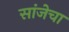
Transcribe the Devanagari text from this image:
सांजेचा